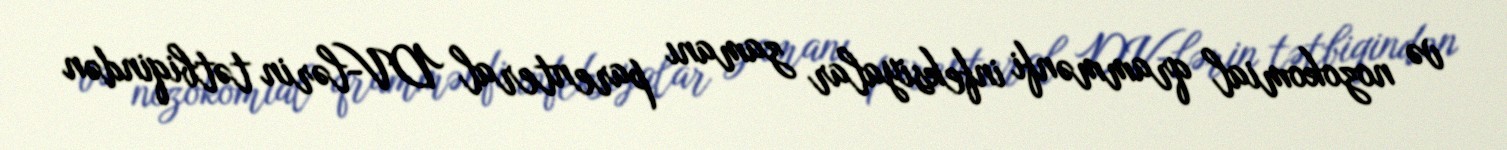
və nozokomial qrammənfi infeksiyalar zamanı parenteral DV-lərin tətbiqindən